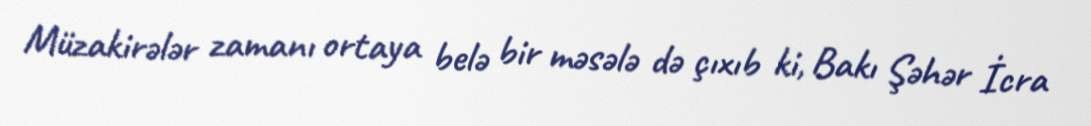
Müzakirələr zamanı ortaya belə bir məsələ də çıxıb ki, Bakı Şəhər İcra